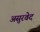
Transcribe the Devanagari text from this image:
असुरवेद